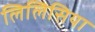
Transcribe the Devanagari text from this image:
लिलिसिया